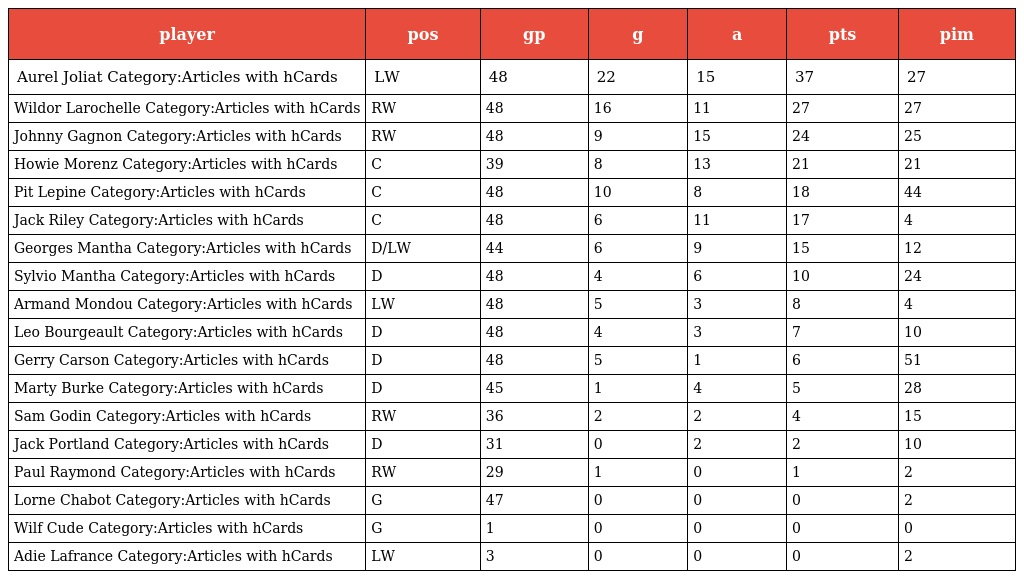
| player | pos | gp | g | a | pts | pim |
 | --- | --- | --- | --- | --- | --- | --- |
 | Aurel Joliat Category:Articles with hCards | LW | 48 | 22 | 15 | 37 | 27 |
 | Wildor Larochelle Category:Articles with hCards | RW | 48 | 16 | 11 | 27 | 27 |
 | Johnny Gagnon Category:Articles with hCards | RW | 48 | 9 | 15 | 24 | 25 |
 | Howie Morenz Category:Articles with hCards | C | 39 | 8 | 13 | 21 | 21 |
 | Pit Lepine Category:Articles with hCards | C | 48 | 10 | 8 | 18 | 44 |
 | Jack Riley Category:Articles with hCards | C | 48 | 6 | 11 | 17 | 4 |
 | Georges Mantha Category:Articles with hCards | D/LW | 44 | 6 | 9 | 15 | 12 |
 | Sylvio Mantha Category:Articles with hCards | D | 48 | 4 | 6 | 10 | 24 |
 | Armand Mondou Category:Articles with hCards | LW | 48 | 5 | 3 | 8 | 4 |
 | Leo Bourgeault Category:Articles with hCards | D | 48 | 4 | 3 | 7 | 10 |
 | Gerry Carson Category:Articles with hCards | D | 48 | 5 | 1 | 6 | 51 |
 | Marty Burke Category:Articles with hCards | D | 45 | 1 | 4 | 5 | 28 |
 | Sam Godin Category:Articles with hCards | RW | 36 | 2 | 2 | 4 | 15 |
 | Jack Portland Category:Articles with hCards | D | 31 | 0 | 2 | 2 | 10 |
 | Paul Raymond Category:Articles with hCards | RW | 29 | 1 | 0 | 1 | 2 |
 | Lorne Chabot Category:Articles with hCards | G | 47 | 0 | 0 | 0 | 2 |
 | Wilf Cude Category:Articles with hCards | G | 1 | 0 | 0 | 0 | 0 |
 | Adie Lafrance Category:Articles with hCards | LW | 3 | 0 | 0 | 0 | 2 |